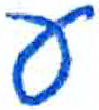
אות: ע